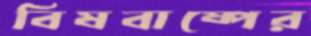
বিষবাষ্পের